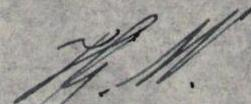
Hj. W.